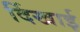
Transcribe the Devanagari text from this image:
र्दिखाई